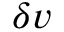
\delta v